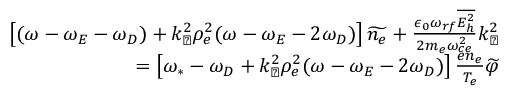
\begin{array} { r } { \left[ ( \omega - \omega _ { E } - \omega _ { D } ) + k _ { \perp } ^ { 2 } \rho _ { e } ^ { 2 } ( \omega - \omega _ { E } - 2 \omega _ { D } ) \right] \widetilde { n _ { e } } + \frac { \epsilon _ { 0 } \omega _ { r f } \overline { { E _ { h } ^ { 2 } } } } { 2 m _ { e } \omega _ { c e } ^ { 2 } } k _ { \perp } ^ { 2 } } \\ { = \left[ \omega _ { * } - \omega _ { D } + k _ { \perp } ^ { 2 } \rho _ { e } ^ { 2 } ( \omega - \omega _ { E } - 2 \omega _ { D } ) \right] \frac { e n _ { e } } { T _ { e } } \widetilde { \varphi } } \end{array}